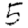
Digit: 5